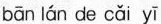
bān lán de cǎi yī